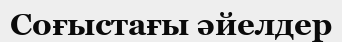
Соғыстағы әйелдер